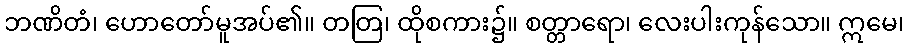
ဘဏိတံ၊ ဟောတော်မူအပ်၏။ တတြ၊ ထိုစကား၌။ စတ္တာရော၊ လေးပါးကုန်သော။ ဣမေ၊